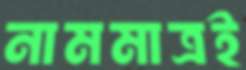
নামমাত্রই